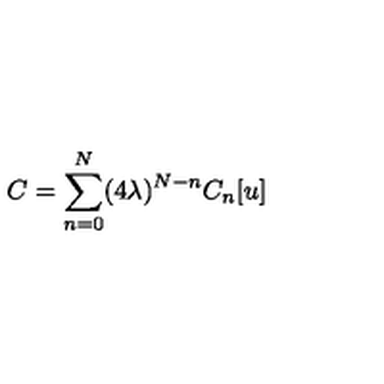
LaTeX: C = \sum _ { n = 0 } ^ { N } ( 4 \lambda ) ^ { N - n } C _ { n } [ u ]